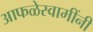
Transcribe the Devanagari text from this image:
आफळेस्वामींनी